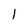
Character: l